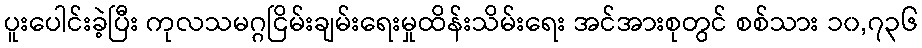
ပူးပေါင်းခဲ့ပြီး ကုလသမဂ္ဂငြိမ်းချမ်းရေးမှုထိန်းသိမ်းရေး အင်အားစုတွင် စစ်သား ၁၀,၇၃၆